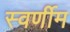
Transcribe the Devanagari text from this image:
स्वर्णीम